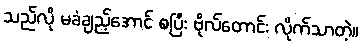
သည်လို မခံချည့်အောင် စပြီး ဗိုလ်တောင်း လိုက်သာတဲ့။